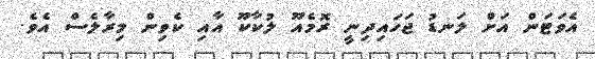
އެވަޓަން އަށް ލަނޑު ޖަހައިދިނީ ރޮމެއޫ ލުކާކޫ އާއި ކެވިން މިރާލެސް އެވެ.